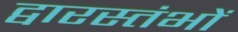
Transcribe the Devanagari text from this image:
द्वारस्तंभों